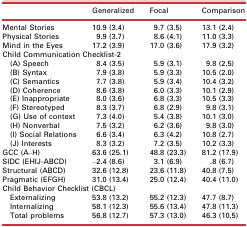
|  | Generalized | Focal | Comparison |
 | --- | --- | --- | --- |
 | Mental Stories | 10.9 (3.4) | 9.7 (3.5) | 13.1 (2.4) |
 | Physical Stories | 9.9 (3.7) | 8.6 (4.1) | 11.0 (3.3) |
 | Mind in the Eyes | 17.2 (3.9) | 17.0 (3.6) | 17.9 (3.2) |
 | <COLSPAN=4> Child Communication Checklist-2 |
 | (A) Speech | 8.4 (3.5) | 5.9 (3.1) | 9.8 (2.5) |
 | (B) Syntax | 7.9 (3.8) | 5.9 (3.3) | 10.5 (2.0) |
 | (C) Semantics | 7.7 (3.8) | 5.9 (3.4) | 10.4 (3.2) |
 | (D) Coherence | 8.6 (3.8) | 6.0 (3.3) | 10.1 (2.9) |
 | (E) Inappropriate | 8.0 (3.6) | 6.8 (3.3) | 10.5 (3.3) |
 | (F) Stereotyped | 8.3 (3.7) | 6.8 (2.9) | 9.8 (3.1) |
 | (G) Use of context | 7.3 (4.0) | 5.4 (3.8) | 10.1 (3.0) |
 | (H) Nonverbal | 7.5 (3.2) | 6.2 (3.6) | 9.8 (3.0) |
 | (I) Social Relations | 6.6 (3.4) | 6.3 (4.2) | 10.8 (2.7) |
 | (J) Interests | 8.3 (3.2) | 7.2 (3.5) | 10.2 (3.3) |
 | GCC (A–H) | 63.6 (25.1) | 48.8 (23.3) | 81.2 (17.9) |
 | SIDC (EHIJ-ABCD) | –2.4 (8.6) | 3.1 (6.9) | .8 (6.7) |
 | Structural (ABCD) | 32.6 (12.8) | 23.6 (11.8) | 40.8 (7.5) |
 | Pragmatic (EFGH) | 31.0 (13.4) | 25.0 (12.4) | 40.4 (11.0) |
 | <COLSPAN=4> Child Behavior Checklist (CBCL) |
 | Externalizing | 53.8 (13.2) | 55.2 (12.3) | 47.7 (8.7) |
 | Internalizing | 58.1 (12.3) | 55.6 (13.4) | 47.8 (11.3) |
 | Total problems | 56.8 (12.7) | 57.3 (13.0) | 46.3 (10.5) |